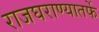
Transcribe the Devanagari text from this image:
राजघराण्यातर्फे